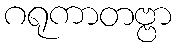
ဂရုကာတဗ္ဗာ